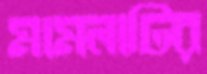
মামলাটির